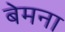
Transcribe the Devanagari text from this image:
बेमना